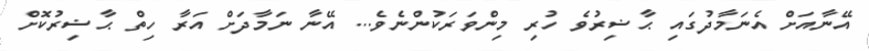
އޭނާއަށް އެނަމާދުގައި ޙާޟިރުވެ ހުރި މިންވަރަކުންނެވެ... އޭނާ ނަމާދަށް އަރާ ހިތް ޙާޟިރުކޮށް